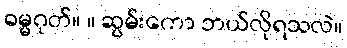
ဓမ္မဂုတ်။ ။ ဆွမ်းကော ဘယ်လိုရသလဲ။